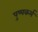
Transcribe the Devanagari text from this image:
पुष्पकर्म